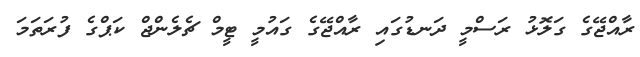
ރާއްޖޭގެ ގަލޮޅު ރަސްމީ ދަނޑުގައި ރާއްޖޭގެ ގައުމީ ޓީމް ޗެލެންޖް ކަޕްގެ ފުރަތަމަ